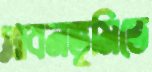
প্লাবনভূমিতে